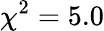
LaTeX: \chi^{2}=5.0